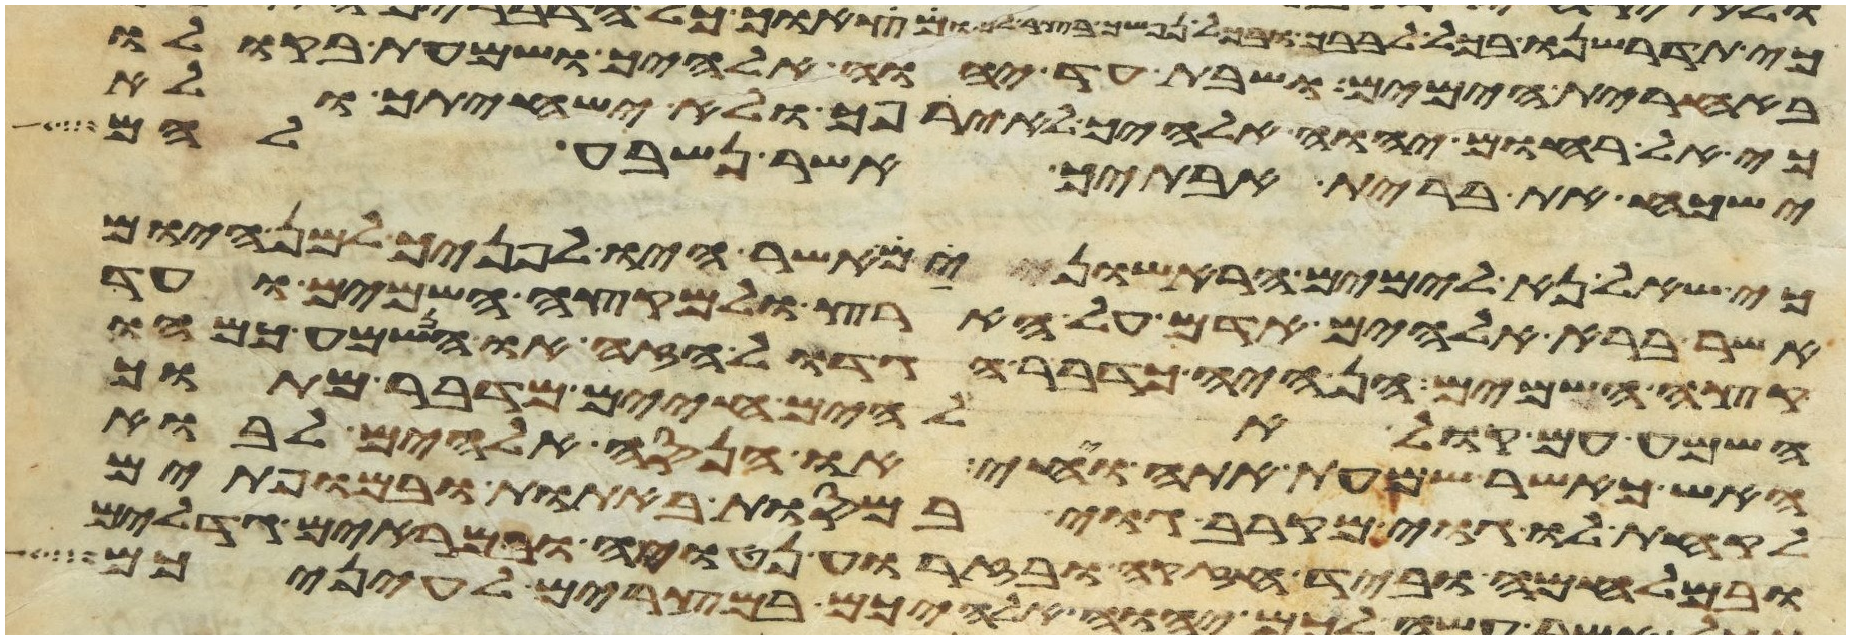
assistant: באחרית הימים ושבת עד יהוה אלהיך ושמעת בקולו
כי אל רחום יהוה אלהיך לא ירפך ולא ישחיתך ולא
ישכח את ברית אבתיך אשר נשבע להם
כי שאל נא לימים הראישונים אשר היו לפניך למן היום
אשר ברא אלהים אדם על הארץ ולמקצה השמים ועד
קצה השמים הן היה כדבר הגדול הזה או הנשמע כמהו
השמע עם קול אלהים חיים מדבר מתוך
האש כאשר שמעת אתה ויחי או הנסה אלהים לבוא
לקחת לו גוי מקרב גוי במסות באתות ובמופתים
ובמלחמה וביד חזקה ובזרוע נטויה ובמראים גדלים